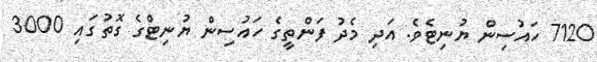
7120 ހައުސިން ޔުނިޓެވެ. އަދި މެދު ފަންތީގެ ހައުސިން ޔުނިޓްގެ ގޮތުގައި 3000